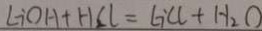
L i O H + H C l = L i C l + H _ { 2 } O